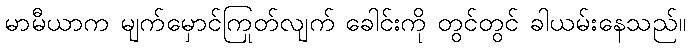
မာမီယာက မျက်မှောင်ကြုတ်လျက် ခေါင်းကို တွင်တွင် ခါယမ်းနေသည်။